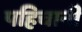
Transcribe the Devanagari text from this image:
पहिचानी